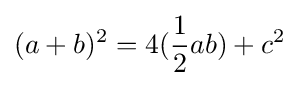
(a+b)^{2}=4({\frac {1}{2}}ab)+c^{2}